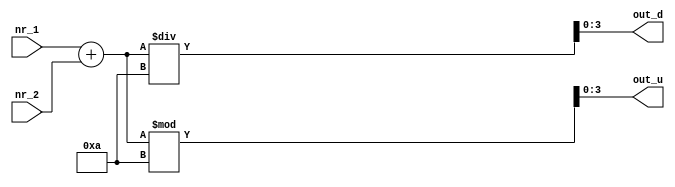
/* Construiti un modul ce insumeaza 2 cifre BCD si returneaza rezultatul in 2 iesiri, fiecare cu cate 4 biti: cifra zecilor si cifra unitatilor. */
module sum_bcd(input[3:0] nr_1, nr_2, output[3:0] out_u, out_d);
wire [4:0] suma;
assign suma = nr_1+nr_2;
assign out_u=suma%10;
assign out_d=suma/10;
    
endmodule

module sum_bcd_tb;

    reg[3:0] nr_1, nr_2;
    wire[3:0] act_out_u, act_out_d;
    reg[3:0] exp_out_u, exp_out_d;
    wire verdict_u, verdict_d;

    sum_bcd uut(.nr_1(nr_1), .nr_2(nr_2), .out_u(act_out_u), .out_d(act_out_d));
    integer tests_total, tests_passed, nota;

    integer data_file, random_int;

    assign verdict_u = exp_out_u === act_out_u;
    assign verdict_d = exp_out_d === act_out_d;

    initial begin
        $display("nr_1\tnr_2\t\texpected_out_u\tactual_out_u\tPassed(1)/Failed(0)\texpected_out_d\tactual_out_d\tPassed(1)/Failed(0)");
        $monitor("%4d\t%4d\t\t%14d\t%12d\t%18d\t%14d\t%12d\t%18d", nr_1, nr_2, exp_out_u, act_out_u, verdict_u, exp_out_d, act_out_d, verdict_d);

        tests_total = 0;
        tests_passed = 0;
        data_file = 0;
        data_file = $fopen("ex2_tests.dat", "r");
        if (data_file == 0) begin
            $display("Adauga fisierul ex2_tests.dat in acelasi folder");
            $finish;
        end
        while(!$feof(data_file)) begin
            random_int = $fscanf(data_file, "%d %d %d %d\n", nr_1, nr_2, exp_out_d, exp_out_u);
            tests_total = tests_total + 2;
            #1;
            tests_passed = tests_passed + verdict_d + verdict_u;
        end

        $display("Passed / Total: %2d / %2d", tests_passed, tests_total);
        nota = tests_passed * 100 / tests_total * 2;
        $display("Nota: %1d.%02d", nota / 100, nota % 100);
    end
endmodule